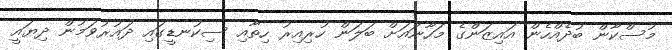
މުސްކާން ބުދެއްހެން އައިޒަންގެ މަހާނައަށް ބަލަން ހުރިއިރު ހިތާއި ސިކުނޑީގައި ދައުރުވަމުން ދިޔައީ